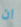
ان